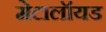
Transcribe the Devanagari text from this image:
मेटालॉयड